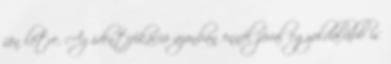
jön létre. Az identifikáció azonban ennél jóval egyoldalúbb is